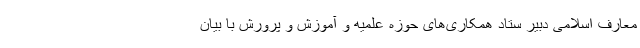
معارف اسلامی دبیر ستاد همکاری‌های حوزه علمیه و آموزش و پرورش با بیان